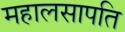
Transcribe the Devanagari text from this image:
महालसापति